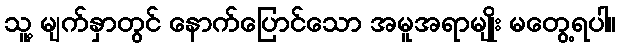
သူ့ မျက်နှာတွင် နောက်ပြောင်သော အမူအရာမျိုး မတွေ့ရပါ။